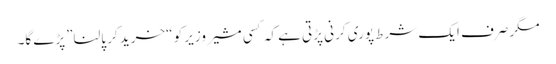
مگر صرف ایک شرط پوری کرنی پڑتی ہے کہ کسی مشیر وزیر کو “خرید کر پالنا”پڑے گا۔